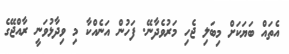
އެތައް ބަޔަކަށް މިބަލި ޖެހި މަރުވެދާނޭ. ފަހުން އަނެއްކާ މި ވިދާޅުވަނީ ރާއްޖޭގެ